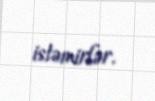
istəmirlər.